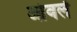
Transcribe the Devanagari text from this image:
आंवलें